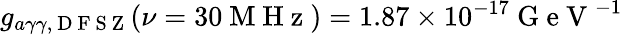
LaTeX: g_{a\gamma\gamma,\mathrm{~D~F~S~Z~}}(\nu=30\mathrm{~M~H~z~})=1.87\times 10^{-17}\mathrm{~G~e~V~}^{-1}